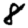
Digit: 8